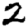
Digit: 2